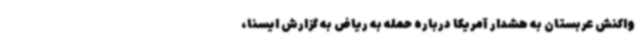
واکنش عربستان به هشدار آمریکا درباره حمله به ریاض به گزارش ایسنا،